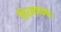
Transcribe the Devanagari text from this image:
हिरन्याक्छ।